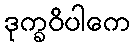
ဒုက္ခဝိပါကေ